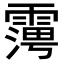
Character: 𮦪